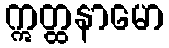
ဣတ္ထနာမော